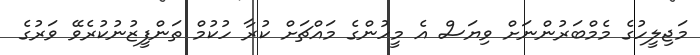
މަޖިލީހުގެ މެމްބަރުންނަށް ވިޔަސް އެ މީހުންގެ މައްޗަށް ކުރާ ހުކުމް ތަންފީޒުނުކުރެވޭ ވަރުގެ